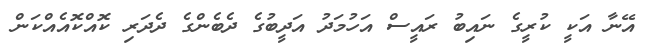
އޭނާ އަކީ ކުރީގެ ނައިބު ރައީސް އަހުމަދު އަދީބުގެ ދެބެންގެ ދެދަރި ކޮއްކޮއެއްކަން